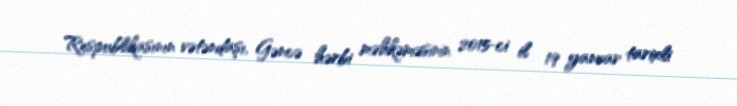
Respublikasının vətəndaşı, Gəncə hərbi məhkəməsinin 2015-ci il 19 yanvar tarixli